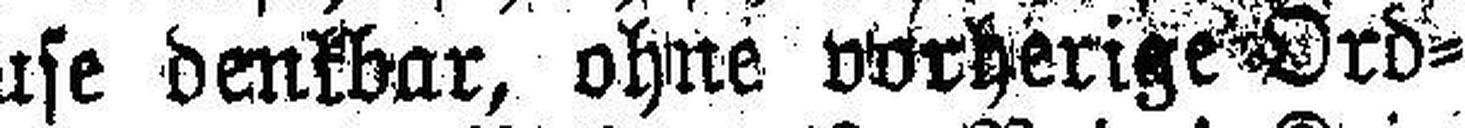
###dnetenhause denkbar, ohne vorherige Ord¬